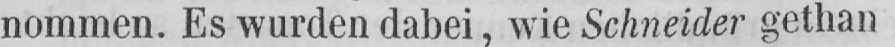
nommen. Es wurden dabei, wie Schneider gethan